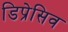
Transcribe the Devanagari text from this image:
डिप्रेसिव